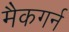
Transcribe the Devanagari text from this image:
मैकगर्न